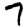
Digit: 7